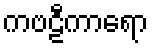
ကဗဠီကာရော